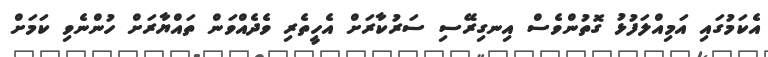
އެކަމުގައި އަމިއްލަފުޅު ގޮތުންވެސް އިނގިރޭސި ސަރުކާރަށް އެހީތެރި ވެދެއްވަން ތައްޔާރަށް ހުންނެވި ކަމަށް